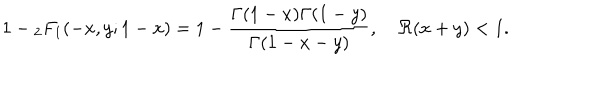
1 - { } _ { 2 } F _ { 1 } ( - x , y ; 1 - x ) = 1 - \frac { \Gamma ( 1 - x ) \Gamma ( 1 - y ) } { \Gamma ( 1 - x - y ) } , \quad \Re ( x + y ) < 1 .